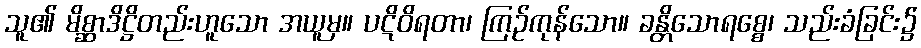
သူ၏ မိစ္ဆာဒိဋ္ဌိတည်းဟူသော အယူမှ။ ပဋိဝိရတာ၊ ကြဉ်ကုန်သော။ ခန္တိသောရစ္စေ၊ သည်းခံခြင်း၌